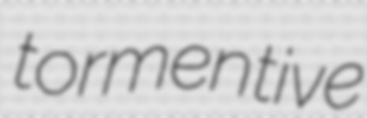
tormentive